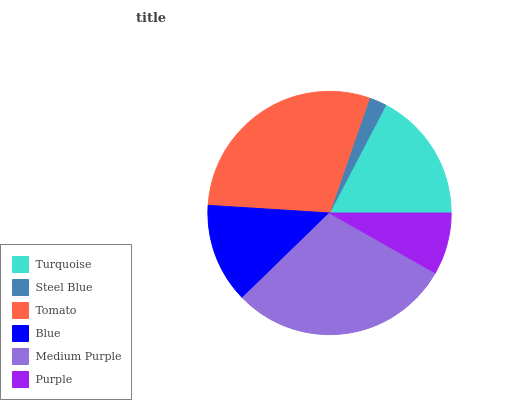
| Turquoise | Steel Blue | Tomato | Blue | Medium Purple | Purple |
 | --- | --- | --- | --- | --- | --- |
 | 17.4% | 2.34% | 29.3% | 13.3% | 29.5% | 8.22% |